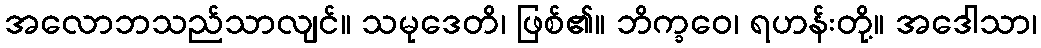
အလောဘသည်သာလျင်။ သမုဒေတိ၊ ဖြစ်၏။ ဘိက္ခဝေ၊ ရဟန်းတို့။ အဒေါသာ၊